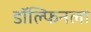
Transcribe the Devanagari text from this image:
डॉल्फिनला